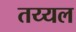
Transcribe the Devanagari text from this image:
तय्यल